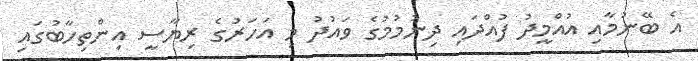
އެ ބޭނުމާއި އުއްމީދު ފުއްދައި ދިނުމުމުގެ ވައުދު މި އަހަރުގެ ރިޔާސީ އިންތިހާބުގައި